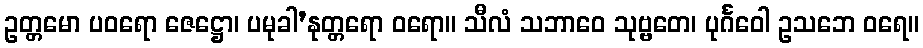
ဥတ္တမော ပဝရော ဇေဋ္ဌော၊ ပမုခါ’နုတ္တရော ဝရော။ သီလံ သဘာဝေ သုဗ္ဗတေ၊ ပုင်္ဂဝေါ ဥသဘေ ဝရေ။